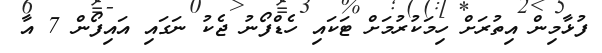
ފުޅާމިން އިތުރަށް ހިމަކުރުމަށް ޓަކައި ހެޑްފޯނު ޖެކު ނަގައި އައިފޯން 7 އާ